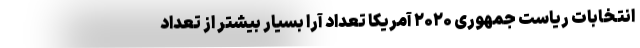
انتخابات ریاست جمهوری ۲۰۲۰ آمریکا تعداد آرا بسیار بیشتر از تعداد